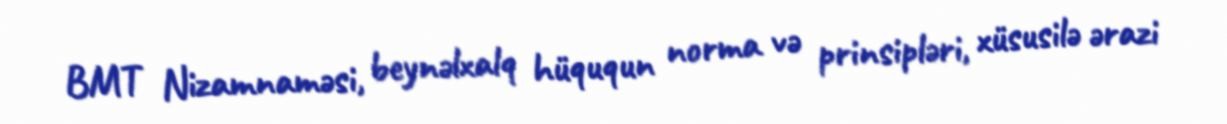
BMT Nizamnaməsi, beynəlxalq hüququn norma və prinsipləri, xüsusilə ərazi